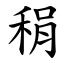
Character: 䅌